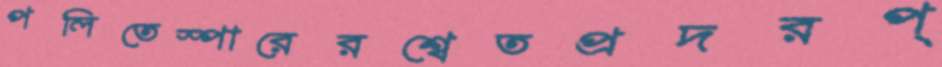
পলিতেস্পারেরশ্বেতপ্রদরপ্